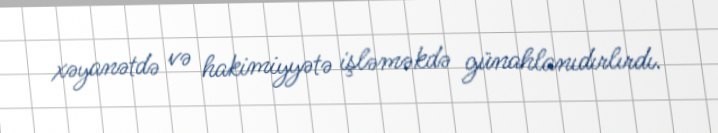
xəyanətdə və hakimiyyətə işləməkdə günahlanıdırlırdı.